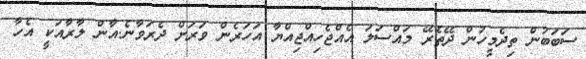
ސަބަބުން ތިދެމީހުން ދޭތެރޭ މައްސަލަ އެއްޖެހިއްޖިއްޔާ އަހަރެން ވަރަށް ދެރަވާނެ.އާން ލާރާއަކީ އެހާ